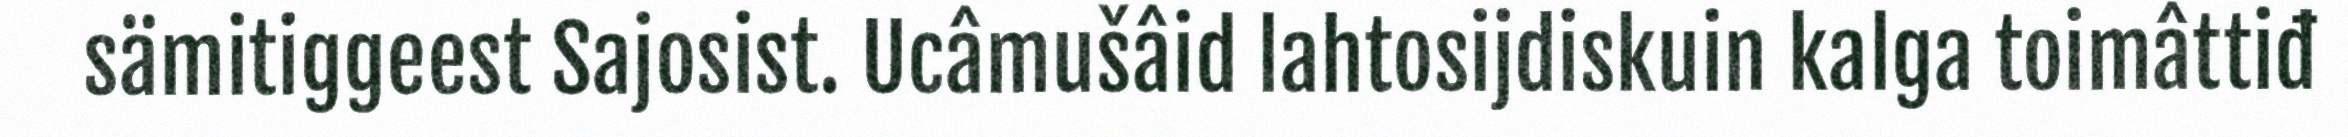
sämitiggeest Sajosist. Ucâmušâid lahtosijdiskuin kalga toimâttiđ